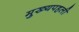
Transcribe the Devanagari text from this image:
मुख्यपहली